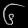
Digit: ၆